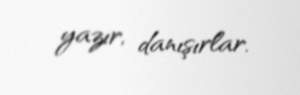
yazır, danışırlar.